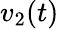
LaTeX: v_{2}(t)